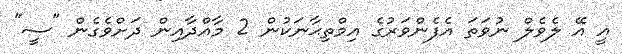
އީ އޭ ލެވެލް ނުވަތަ އެފެންވަރުގެ އިމްތިޙާނަކުން 2 މާއްދާއިން ދަށްވެގެން "ސީ"